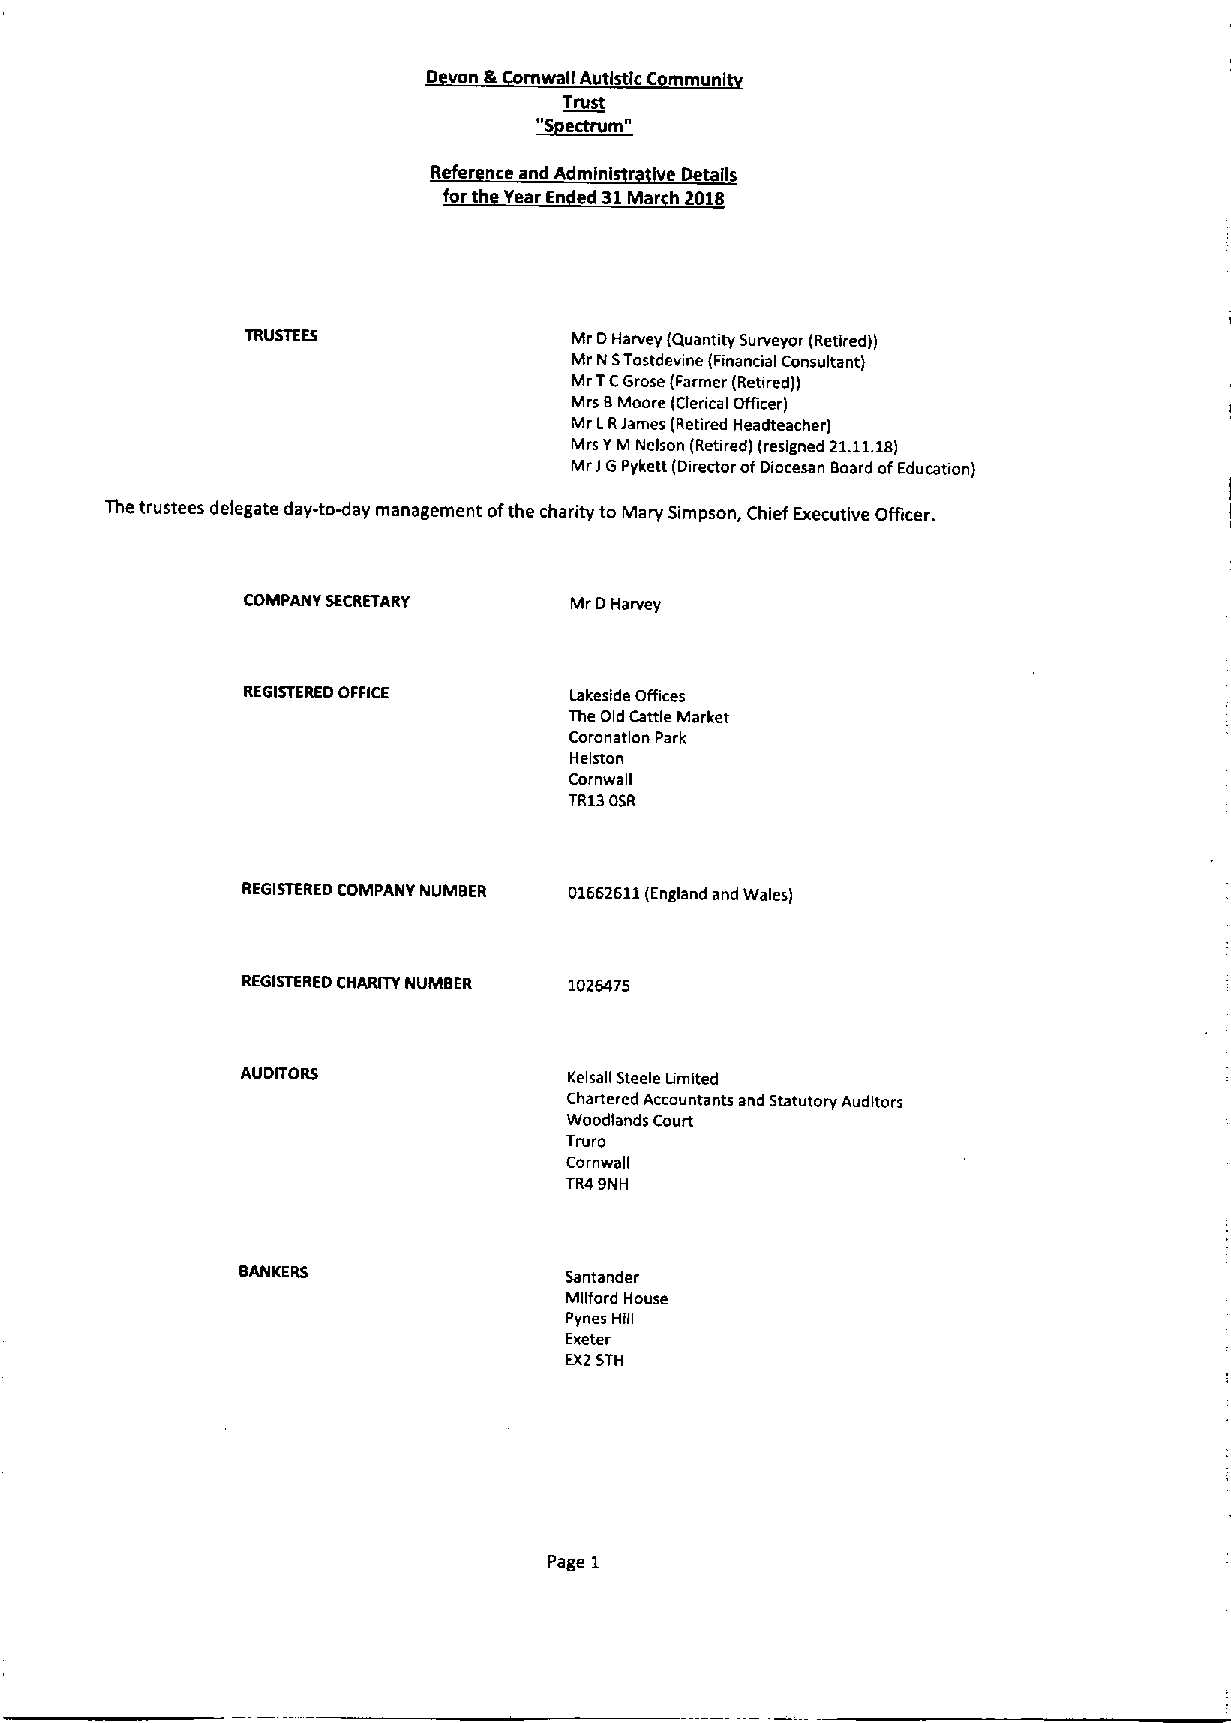
D von gr mwal(Autistic C mmunl
 Trust
 Refer nce and Admlni e De il
 for th Year En ed 31Mar 2018
 Mr DHarvey (Quantity Surveyor (Retired))
 Mr N STostdevine(Financial Consultant)
 Mr TCGrose (Farmer (Retired))
 Mrs 6Moore (Clerical Office)
 Mr LRJames (Retired Headteacher)
 Mrs YM Nelson (Retired) (resigned 21.11.18)
 MrIGPykett (Director ofDiocesan Board ofEducation)
 The trustees delegate day-to-day management ofthe charity to Mary Simpson, Chief Executive Officer.
 COMPANY SECRETARY     Mr DHarvey
 REGISTEREDOFFICE      Lakeside Offices
 The Old Cattle Market
 Coronation Park
 Helston
 Cornwall
 TR13OSR
 REGISTEREDCOMPANY NUMBER 01662611(England and Wales)
 REGISTEREDCHARTIY NUMBER 1026475
 AUDITORS              Kelsall steele Umited
 Chartered Accountants and Statutory Auditors
 Woodlands Court
 Truce
 Cornwall
 TR49NH
 BANKERS              Santander
 Mllford House
 Pynes Hill
 Exeter
 EX2STH
 Page 1